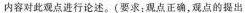
内容对此观点进行论述。(要求：观点正确，观点的提出